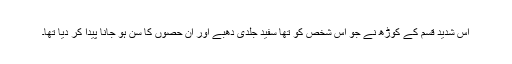
اُس شدید قسم کے کوڑھ نے جو اُس شخص کو تھا سفید جلدی دھبے اور اُن حصوں کا سُن ہو جانا پیدا کر دیا تھا۔